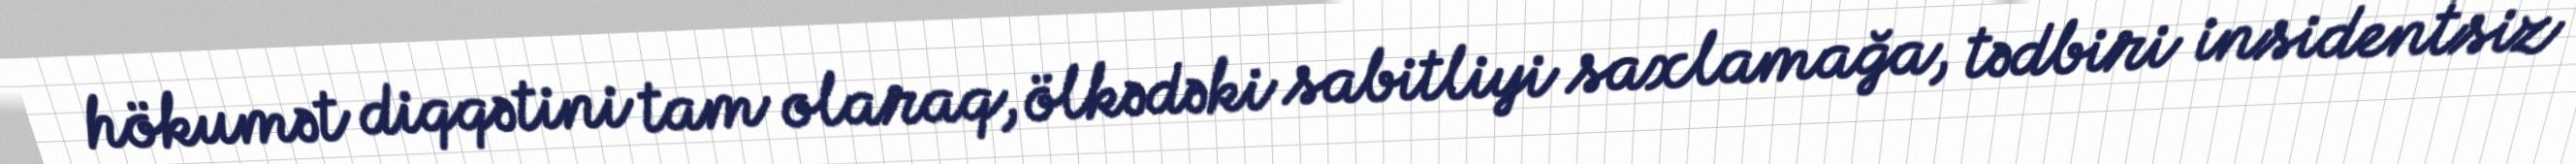
hökumət diqqətini tam olaraq, ölkədəki sabitliyi saxlamağa, tədbiri insidentsiz